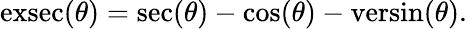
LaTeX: \operatorname{exsec}(\theta)=\sec(\theta)-\cos(\theta)-\operatorname{versin}(\theta).